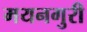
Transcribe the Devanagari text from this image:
मयनगुरी